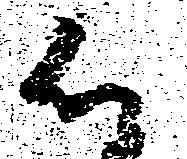
候